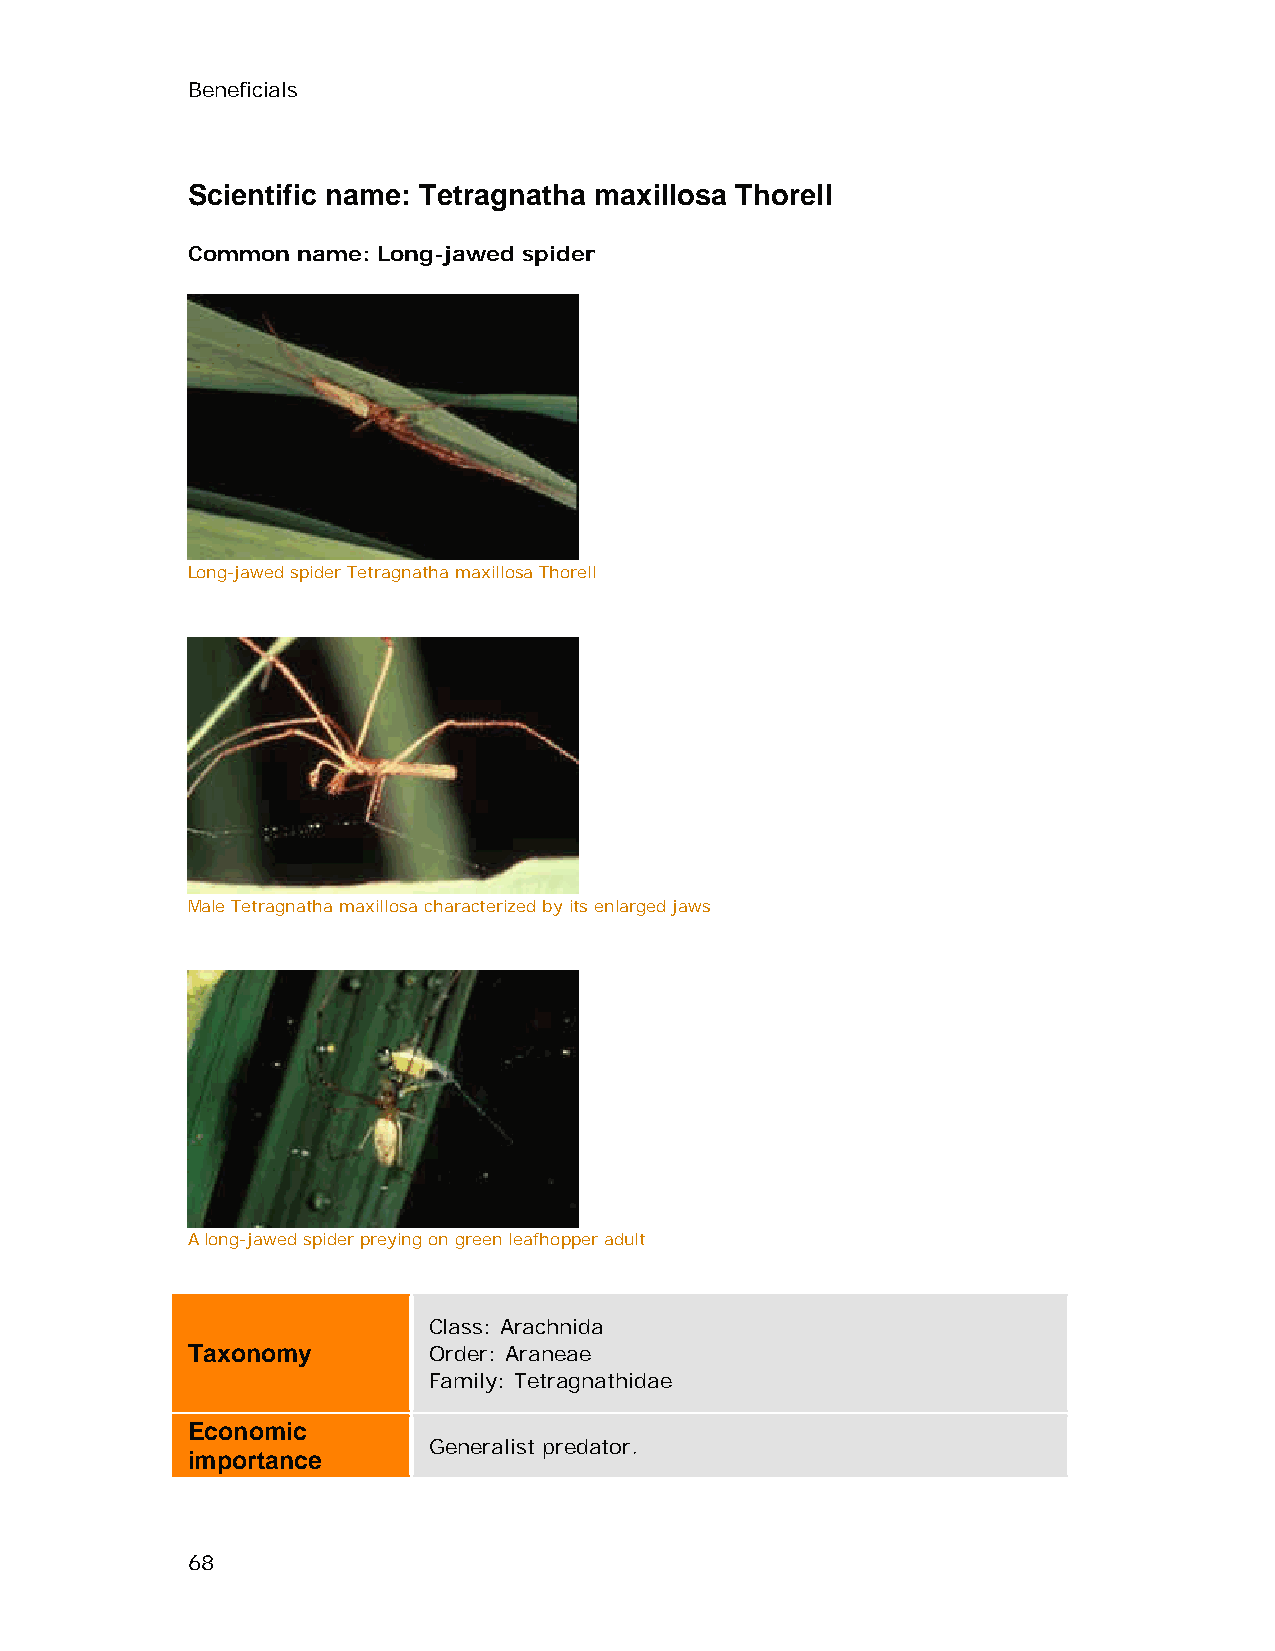
Beneficials
 Scientific name: Tetragnatha maxillosa Thorell
 Common  name: Long-jawed spider
 Long-jawed spider Tetragnatha maxillosa Thorell
 Male Tetragnatha maxillosa characterized by its enlarged jaws
 A long-jawed spider preying on green leafhopper adult
 Class: Arachnida
 Taxonomy        Order: Araneae
 Family: Tetragnathidae
 Economic
 Generalist predator.
 importance
 68